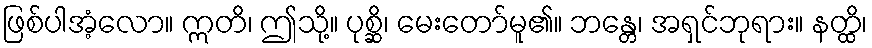
ဖြစ်ပါအံ့လော။ ဣတိ၊ ဤသို့။ ပုစ္ဆိ၊ မေးတော်မူ၏။ ဘန္တေ၊ အရှင်ဘုရား။ နတ္ထိ၊